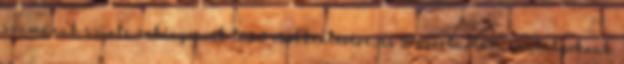
számának szinte önkényesnek tűnő csökkentésére, és a szertartási szabályoknak